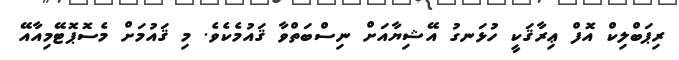
ރިޕަބްލިކް އޮފް ޢިރާޤަކީ ހުޅަނގު އޭޝިޔާއަށް ނިސްބަތްވާ ޤައުމެކެވެ. މި ޤައުމަށް މެސޮޕޮޓޭމިއާއޭ